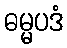
ဓမ္မပဒံ